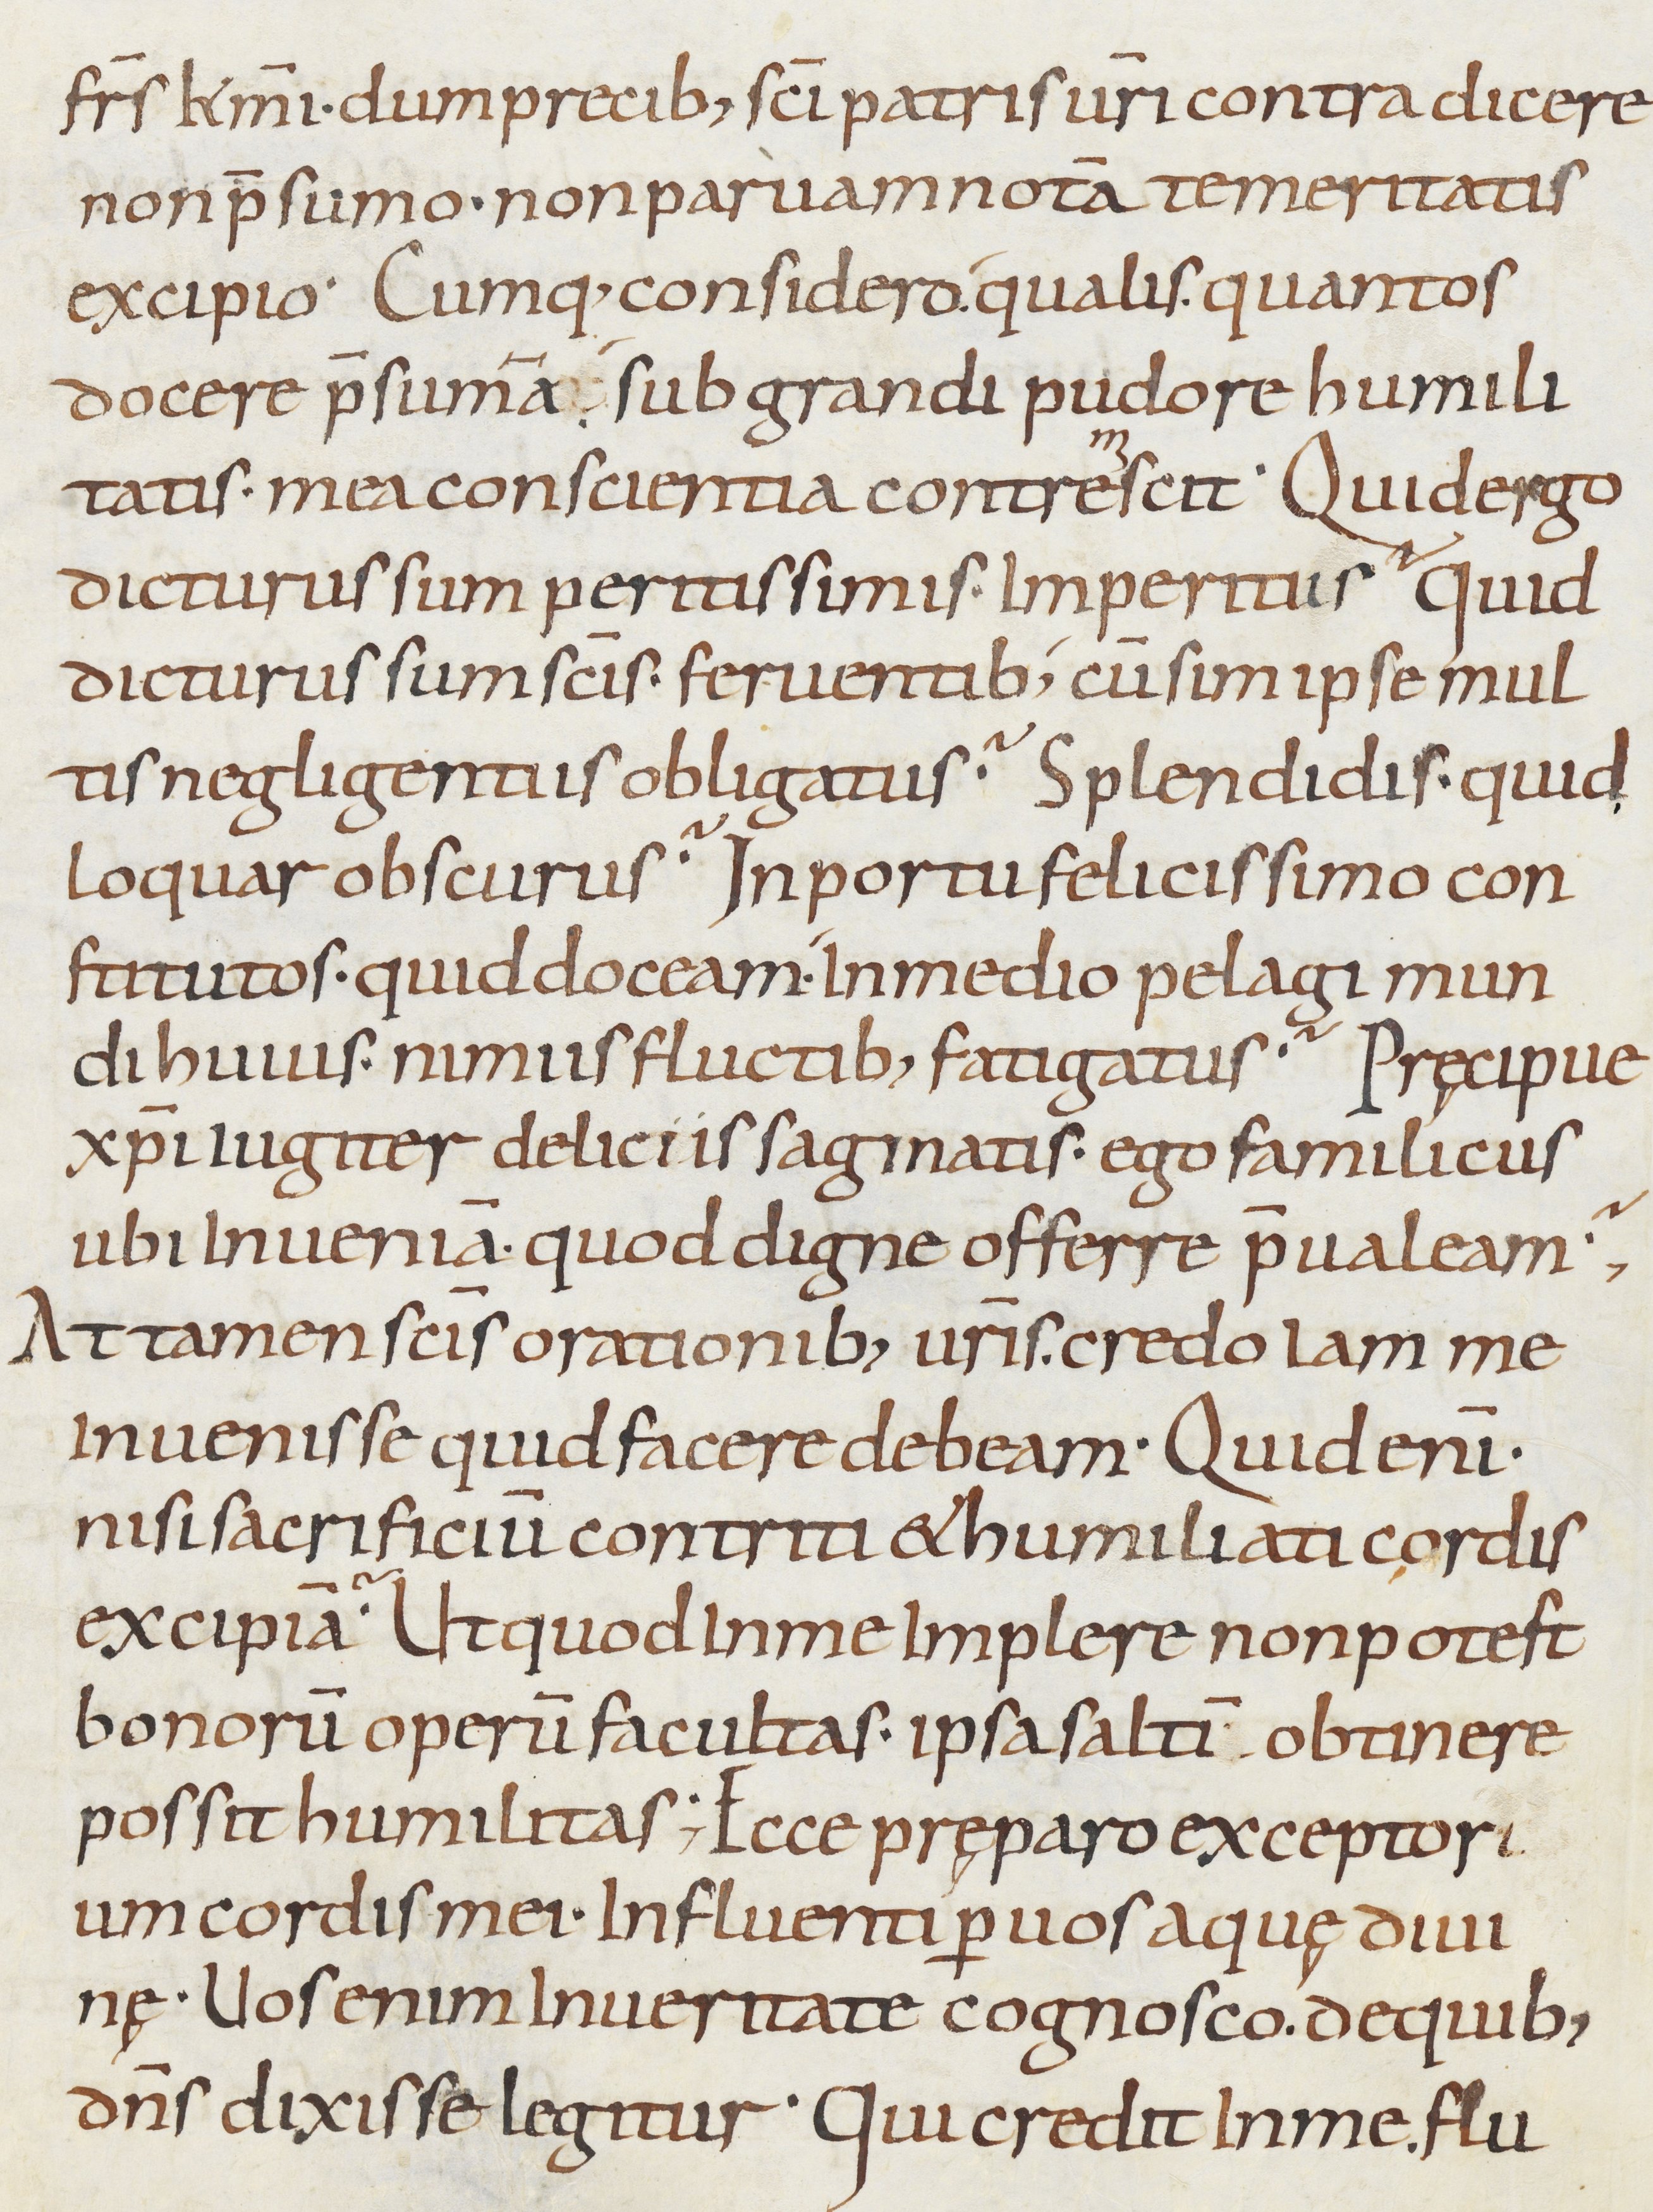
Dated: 800–899